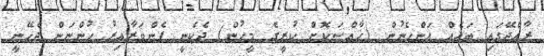
ރާއްޖޭގައި ބައެއް އަންހެނުން (ޚާއްޞަކޮށް ކުރީގެ މީހުން) ދެކެނީ ފެންވަރާއިރު ހުންނަން ޖެހޭނީ